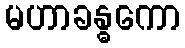
မဟာခန္ဓကော